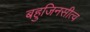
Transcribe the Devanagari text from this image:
बहुजिनसीत्व